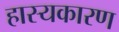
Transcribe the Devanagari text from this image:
हास्यकारण